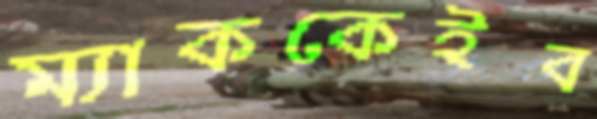
ম্যাককেইব